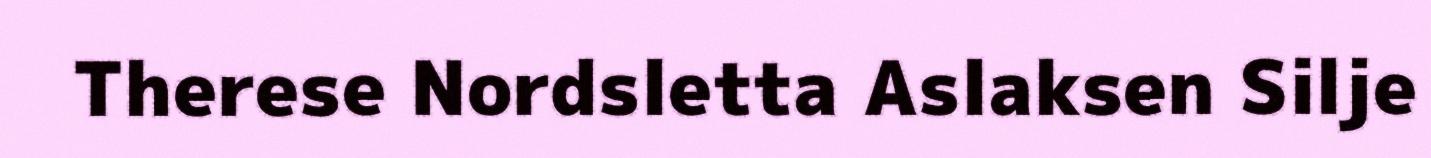
Therese Nordsletta Aslaksen Silje